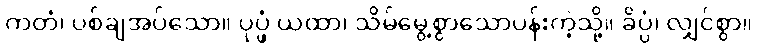
ကတံ၊ ပစ်ချအပ်သော။ ပုပ္ဖံ ယထာ၊ သိမ်မွေ့စွာသောပန်းကဲ့သို့။ ခိပ္ပံ၊ လျှင်စွာ။